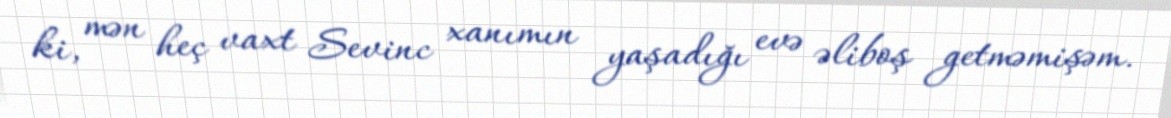
ki, mən heç vaxt Sevinc xanımın yaşadığı evə əliboş getməmişəm.